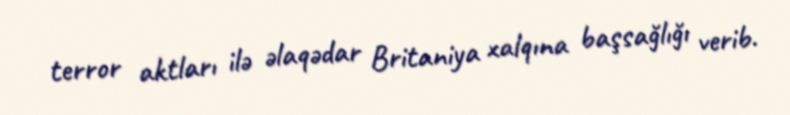
terror aktları ilə əlaqədar Britaniya xalqına başsağlığı verib.